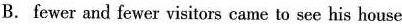
B. fewer and fewer visitors came to see his house